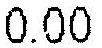
0.00